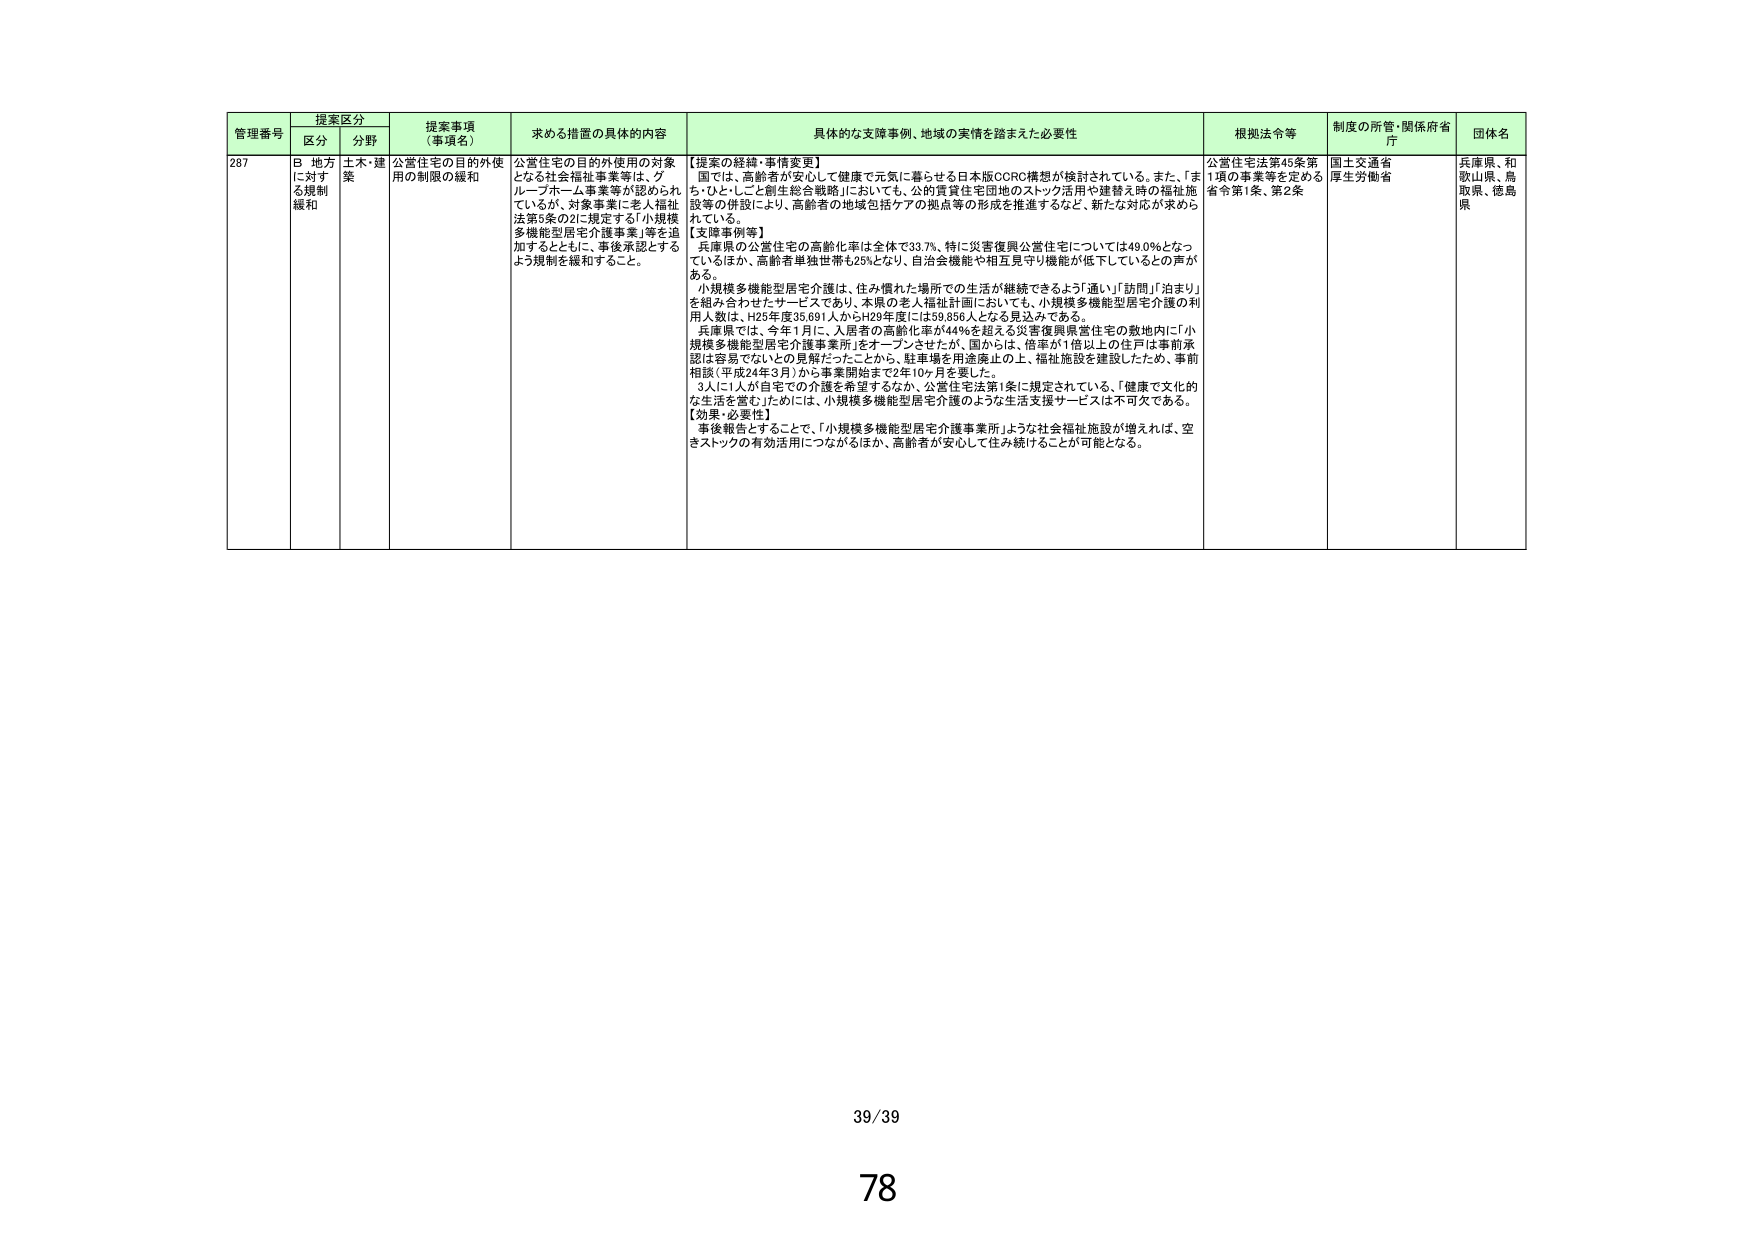
管理番号  提案区分  提案事項（事項名）  求める措置の具体的内容  具体的な支援事例、地域の実情を踏まえた必要性  根拠法令等  制度の所管・関係府省庁  団体名
区分  分野
287  B 地方に対する規制緩和  土木・建築  公営住宅の目的外使用の制限の緩和  公営住宅の目的外使用の対象となる社会福祉事業等は、グループホーム事業等が認められているが、対象事業に老人福祉法第5条の2に規定する「小規模多機能型居宅介護事業」等を追加するとともに、事後承認とするよう規制を緩和すること。  【提案の経緯・事情変更】
国では、高齢者が安心して健康で元気に暮らせる日本版COCO構想が検討されている。また、「まち・ひと・しごと創生総合戦略」においても、公的賃貸住宅団地のストック活用や建替え時の福祉施設等の併設により、高齢者の地域包括ケアの拠点等の形成を推進するなど、新たな対応が求められている。
【支援事例等】
兵庫県の公営住宅の高齢化率は全体で33.7%、特に災害復興公営住宅については49.0%となっているほか、高齢者単独世帯も25%となり、自治会機能や相互見守り機能が低下しているとの声がある。
小規模多機能型居宅介護は、住み慣れた場所での生活が継続できるよう「通い」「訪問」「泊まり」を組み合わせたサービスであり、本県の老人福祉計画においても、小規模多機能型居宅介護の利用人数は、H25年度35,691人からH29年度には59,856人となる見込みである。
兵庫県では、今年1月に、入居者の高齢化率が44%を超える災害復興営住宅の敷地内に「小規模多機能型居宅介護事業所」をオープンさせたが、国からは、倍率が1倍以上の住戸は事前承認は容易でないとの見解だったことから、駐車場を用途廃止の上、福祉施設を建設したため、事前相談（平成24年3月）から事業開始まで2年10ヶ月を要した。
3人に1人が自宅での介護を希望するなか、公営住宅法第1条に規定されている、「健康で文化的な生活を営む」ためには、小規模多機能型居宅介護のような生活支援サービスは不可欠である。
【効果・必要性】
事後報告とすることで、「小規模多機能型居宅介護事業所」ような社会福祉施設が増えれば、空きストックの有効活用につながるほか、高齢者が安心して住み続けることが可能となる。  公営住宅法第45条第1項の事業等を定める省令第1条、第2条  国土交通省 厚生労働省  兵庫県、和歌山県、鳥取県、徳島県
39/39
78